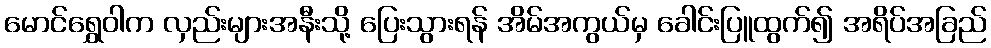
မောင်ရွှေဝါက လှည်းများအနီးသို့ ပြေးသွားရန် အိမ်အကွယ်မှ ခေါင်းပြူထွက်၍ အရိပ်အခြည်